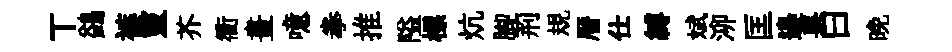
丅鷁裤靈芥衢畫噫拳推隘標炕腳荊規暦仕縛斌泖匡邉果曰晩